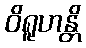
ဝိရူဟန္တိ